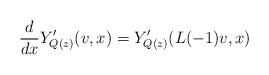
LaTeX: \begin{align*}\frac{d}{dx}Y'_{Q(z)}(v, x)=Y'_{Q(z)}(L(-1)v, x)\end{align*}